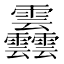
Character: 䨺